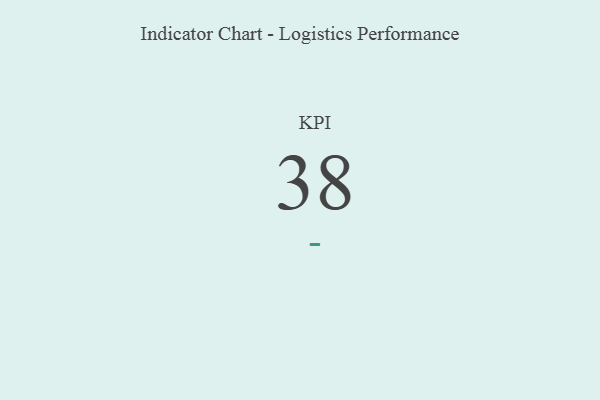
{"axis": {"x": "KPI", "y": "Value"}, "legend": [""], "data": [{"x": "KPI", "y": 38, "type": ""}]}